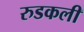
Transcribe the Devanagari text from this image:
रुडकली